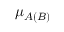
{ \mu } _ { A \left( B \right) }